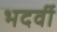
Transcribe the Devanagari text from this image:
भदर्वी